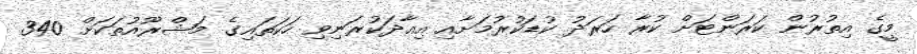
މީގެ އިތުރުން ކަރަންޓަށް ކުރާ ހަރަދު ކުޑަކުރުމަށާއި އިއާދަކުރަނިވި ހަކަތައިގެ މަޝްރޫއުތަކަށް 340